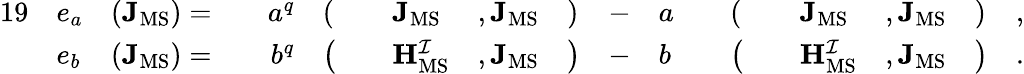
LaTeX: \begin{array}{rlrlrlrlrlrlrlrlrlr}{{19}}&{e_{a}}&{(\mathbf{J}_{\mathrm{MS}})=}&{}&{a^{q}}&{(}&&{\mathbf{J}_{\mathrm{MS}}}&{,\mathbf{J}_{\mathrm{MS}}}&{)}&{-}&{a}&&{(}&&{\mathbf{J}_{\mathrm{MS}}}&{,\mathbf{J}_{\mathrm{MS}}}&{)}&{,}\\ &{e_{b}}&{(\mathbf{J}_{\mathrm{MS}})=}&{}&{b^{q}}&{\big(}&&{\mathbf{H}_{\mathrm{MS}}^{\mathcal{I}}}&{,\mathbf{J}_{\mathrm{MS}}}&{\big)}&{-}&{b}&&{\big(}&&{\mathbf{H}_{\mathrm{MS}}^{\mathcal{I}}}&{,\mathbf{J}_{\mathrm{MS}}}&{\big)}&{.}\end{array}